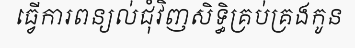
ធ្វើការពន្យល់ជុំវិញសិទ្ធិគ្រប់គ្រងកូន